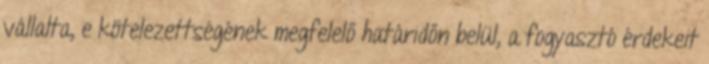
vállalta, e kötelezettségének megfelelő határidőn belül, a fogyasztó érdekeit